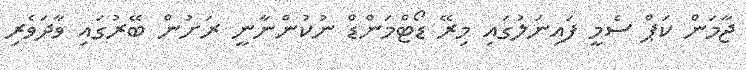
ޖާމަން ކަޕް ސެމީ ފައިނަލުގައި މިރޭ ޑޯޓްމަންޑް ނުކުންނާނީ ރަށުން ބޭރުގައި ވާދަވެރި